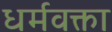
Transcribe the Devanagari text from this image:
धर्मवक्ता